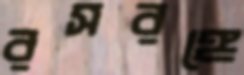
রসরঙ্গে